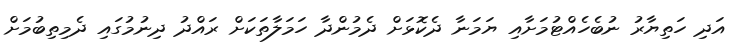
އަދި ހަތިޔާރު ނުބެހެއްޓުމަށާއި ޔަމަނާ ދެކޮޅަށް ދެމުންދާ ހަމަލާތަކަށް ރައްދު ދިނުމުގައި ދެމިތިބުމަށް